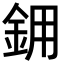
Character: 𬫉